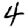
Digit: 4